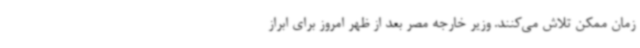
زمان ممکن تلاش می‌کنند. وزیر خارجه مصر بعد از ظهر امروز برای ابراز